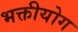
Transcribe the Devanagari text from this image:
भक्तीयोग